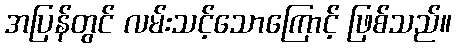
အပြန်တွင် လမ်းသင့်သောကြောင့် ဖြစ်သည်။